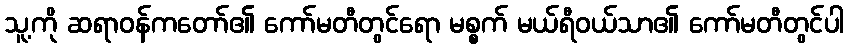
သူ့ကို ဆရာဝန်ကတော်၏ ကော်မတီတွင်ရော မစ္စက် မယ်ရီဝယ်သာ၏ ကော်မတီတွင်ပါ